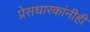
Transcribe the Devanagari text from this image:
प्रेसधारकांनीही